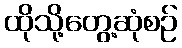
ထိုသို့တွေ့ဆုံစဉ်